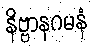
နိဗ္ဗာနဂမနံ